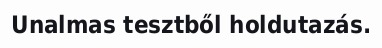
Unalmas tesztből holdutazás.